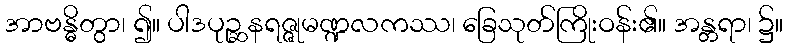
အာဗန္ဓိတွာ၊ ၍။ ပါဒပုဉ္ဆနရဇ္ဇုမဏ္ဍလကဿ၊ ခြေသုတ်ကြိုးဝန်း၏။ အန္တရာ၊ ၌။